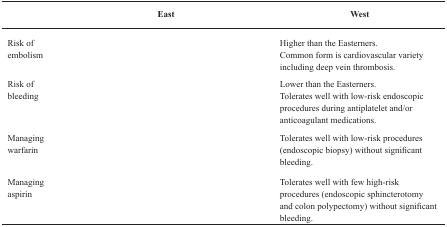
<table><thead><tr><td>[EMPTY_CELL]</td><td><b>East</b></td><td><b>West</b></td></tr></thead><tbody><tr><td>Risk of embolism</td><td>[EMPTY_CELL]</td><td>Higher than the Easterners.Common form is cardiovascular variety including deep vein thrombosis.</td></tr><tr><td>Risk of bleeding</td><td>[EMPTY_CELL]</td><td>Lower than the Easterners.Tolerates well with low-risk endoscopic procedures during antiplatelet and/or anticoagulant medications.</td></tr><tr><td>Managing warfarin</td><td>[EMPTY_CELL]</td><td>Tolerates well with low-risk procedures (endoscopic biopsy) without significant bleeding.</td></tr><tr><td>Managing aspirin</td><td>[EMPTY_CELL]</td><td>Tolerates well with few high-risk procedures (endoscopic sphincterotomy and colon polypectomy) without significant bleeding.</td></tr></tbody></table>